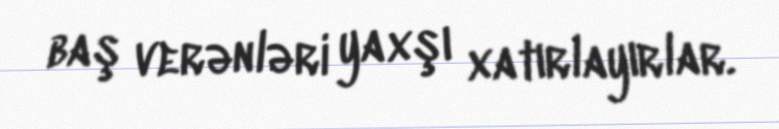
baş verənləri yaxşı xatırlayırlar.